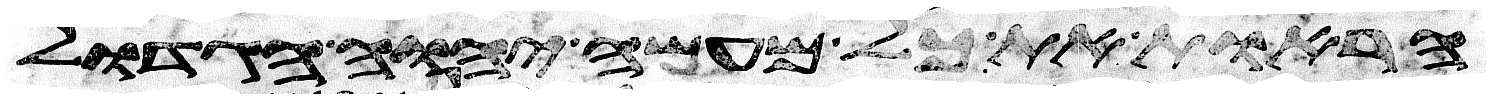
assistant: הראות את כל מעשה יהוה הגדול